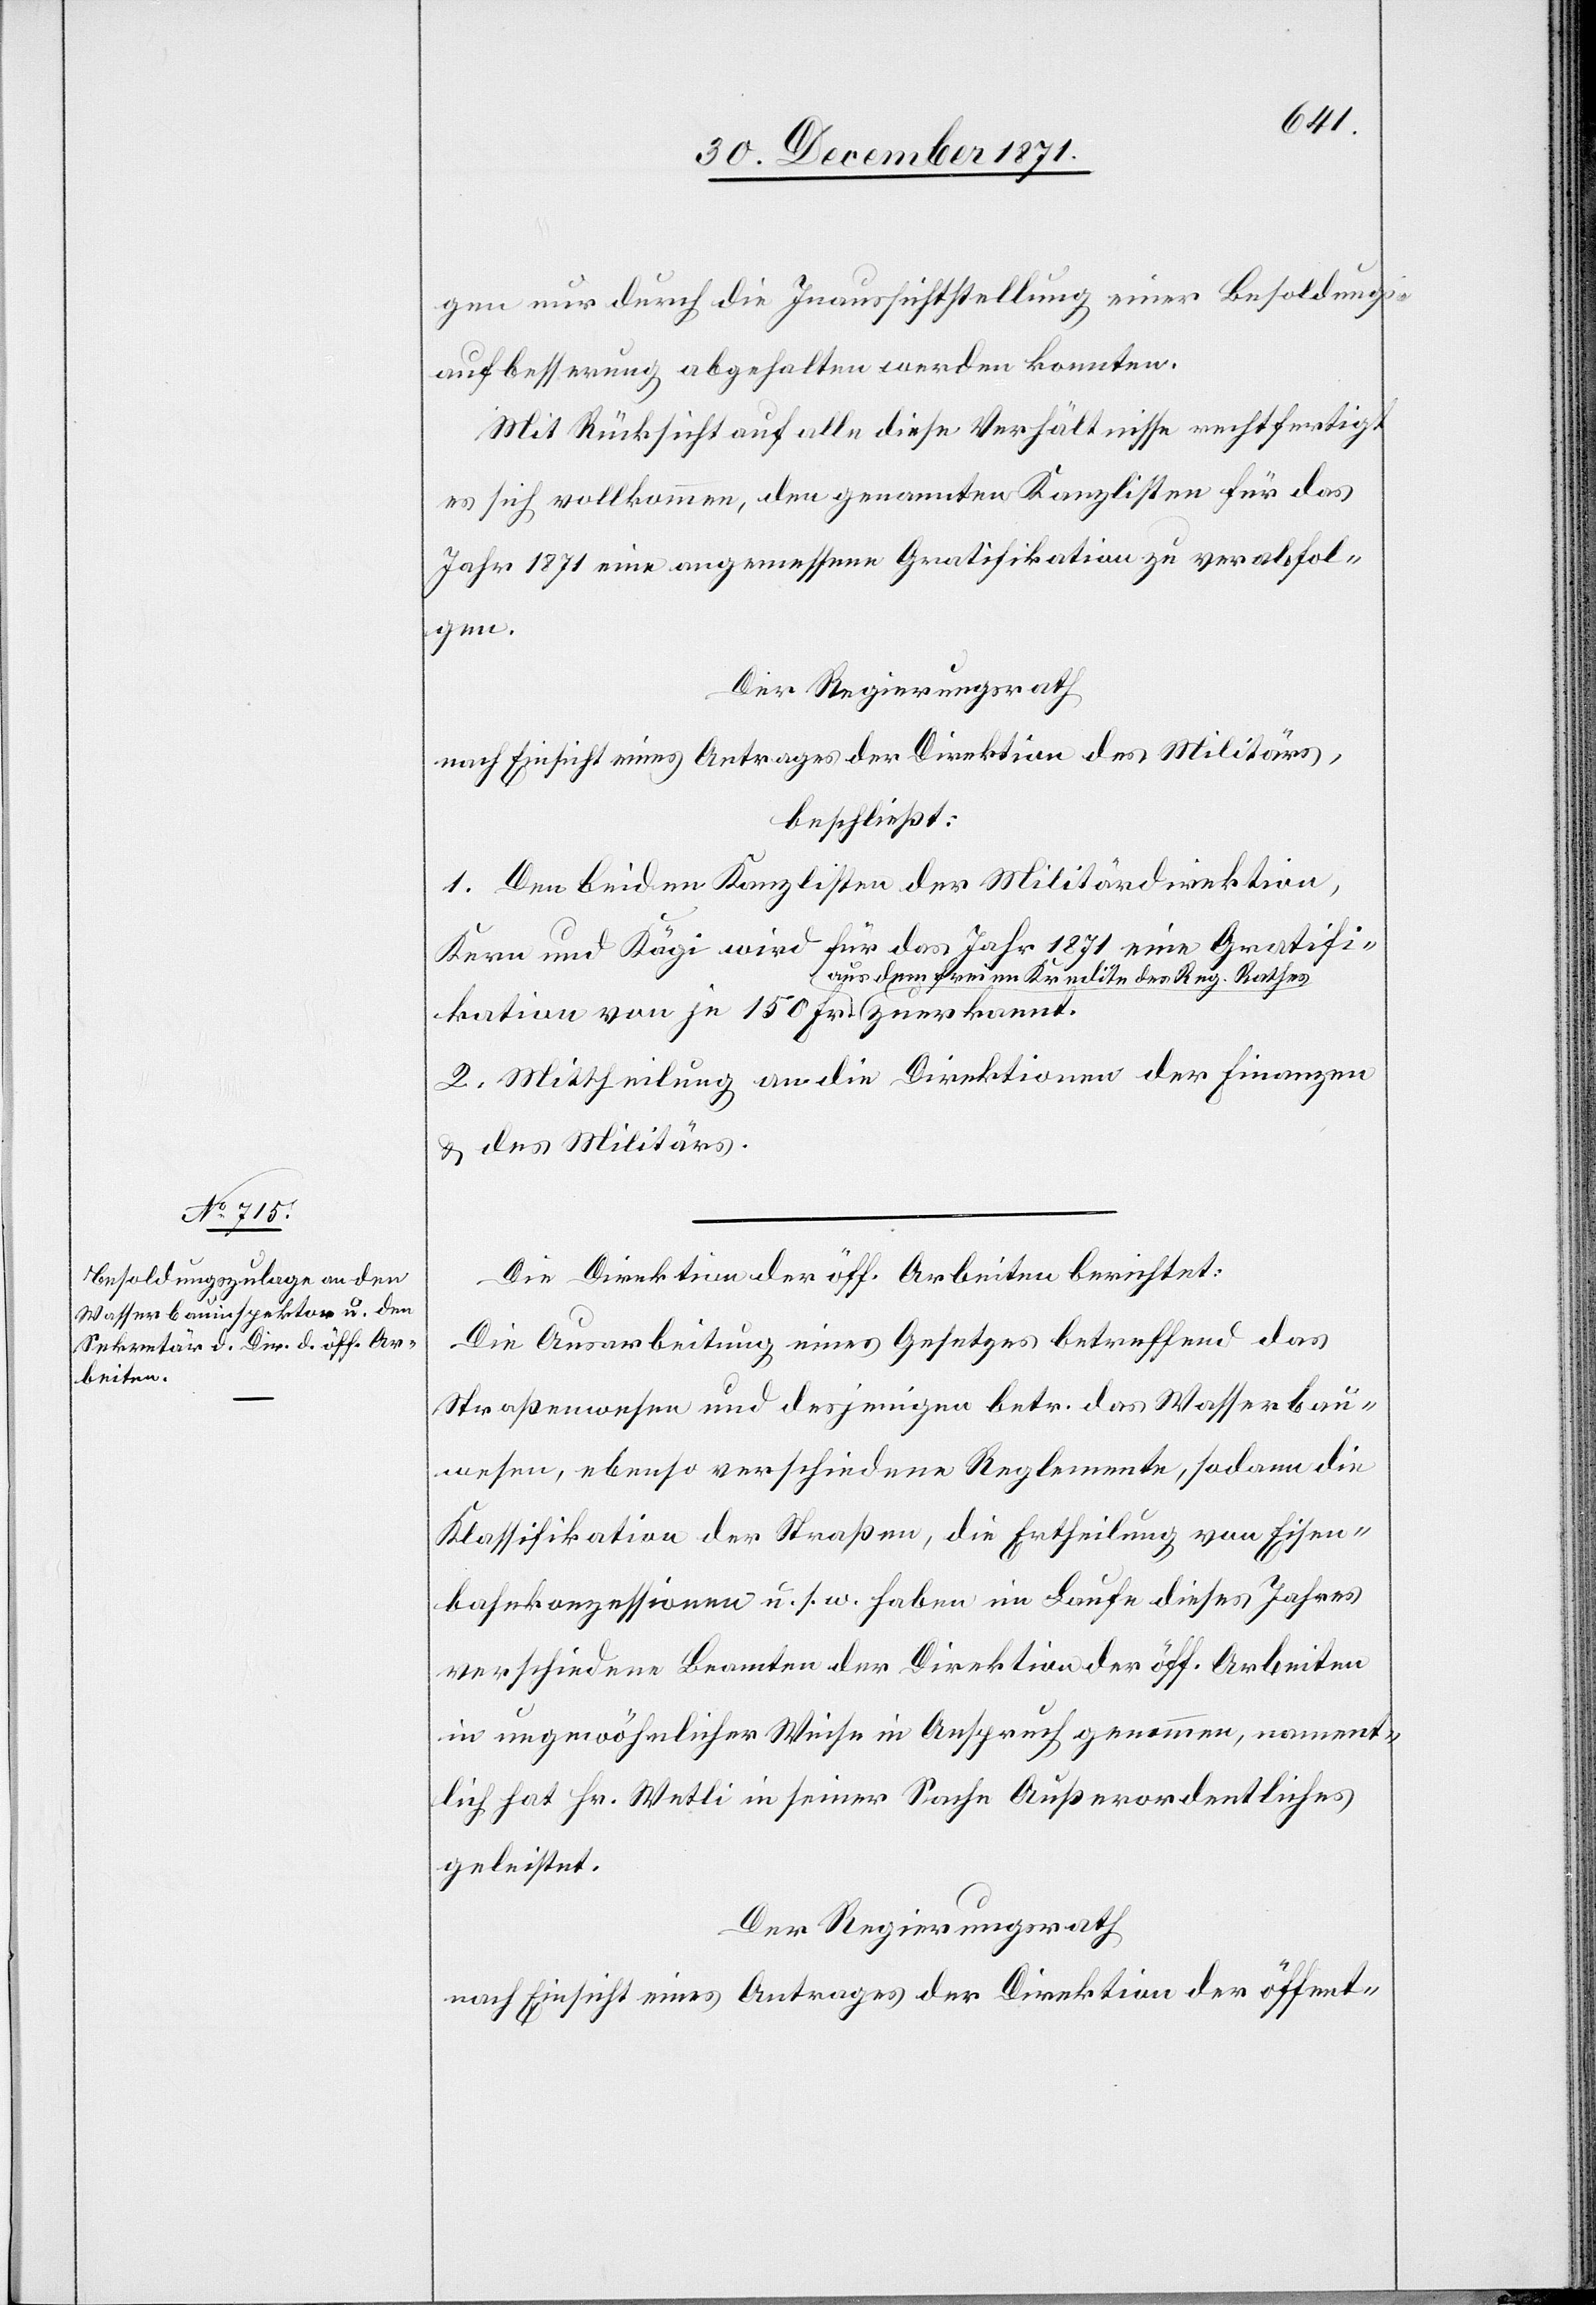
gen nur durch die Inaussichtstellung einer Besoldungs¬
aufbesserung abgehalten werden konnten.
Mit Rücksicht auf alle diese Verhältnisse rechtfertigt
es sich vollkommen, den genannten Kanzlisten für das
Jahr 1871 eine angemessene Gratifikation zu verabfol¬
gen.
Der Regierungsrath
nach Einsicht eines Antrages der Direktion des Militärs,
beschließt:
1. Den beiden Kanzlisten der Militärdirektion,
Kern und Kägi wird für das Jahr 1871 eine Gratifi¬
kation von je 150 Fr. a-aus
2. Mittheilung an die Direktionen der Finanzen
& des Militärs.
Die Direktion der öff. Arbeiten berichtet:
Die Ausarbeitung eines Gesetzes betreffend das
Straßenwesen und desjenigen betr. das Wasserbau¬
wesen, ebenso verschiedene Reglemente, sodann die
Klassifikation der Straßen, die Ertheilung von Eisen¬
bahnkonzessionen u. s. w. haben im Laufe dieses Jahres
verschiedene Beamten der Direktion der öff. Arbeiten
in ungewöhnlicher Weise in Anspruch genommen, nament¬
lich hat Hr. Wetli in seiner Sache Außerordentliches
geleistet.
Der Regierungsrath
nach Einsicht eines Antrages der Direktion der öffent-